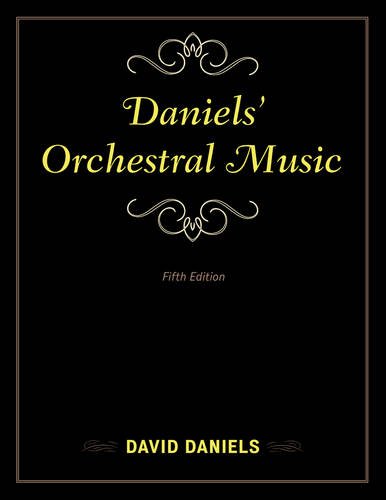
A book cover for Daniels' Orchestral Music (Music Finders); David Daniels; Arts & Photography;